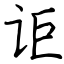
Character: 讵